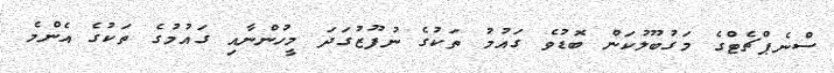
ސްނެޕްޗެޓްގެ މަގުބޫލުކަން ބޮޑުވެ ގައުމު ތަކުގެ ނުފޫޒުގަދަ މީހުންނާއި ގައުމުގެ ތަކުގެ އެންމެ